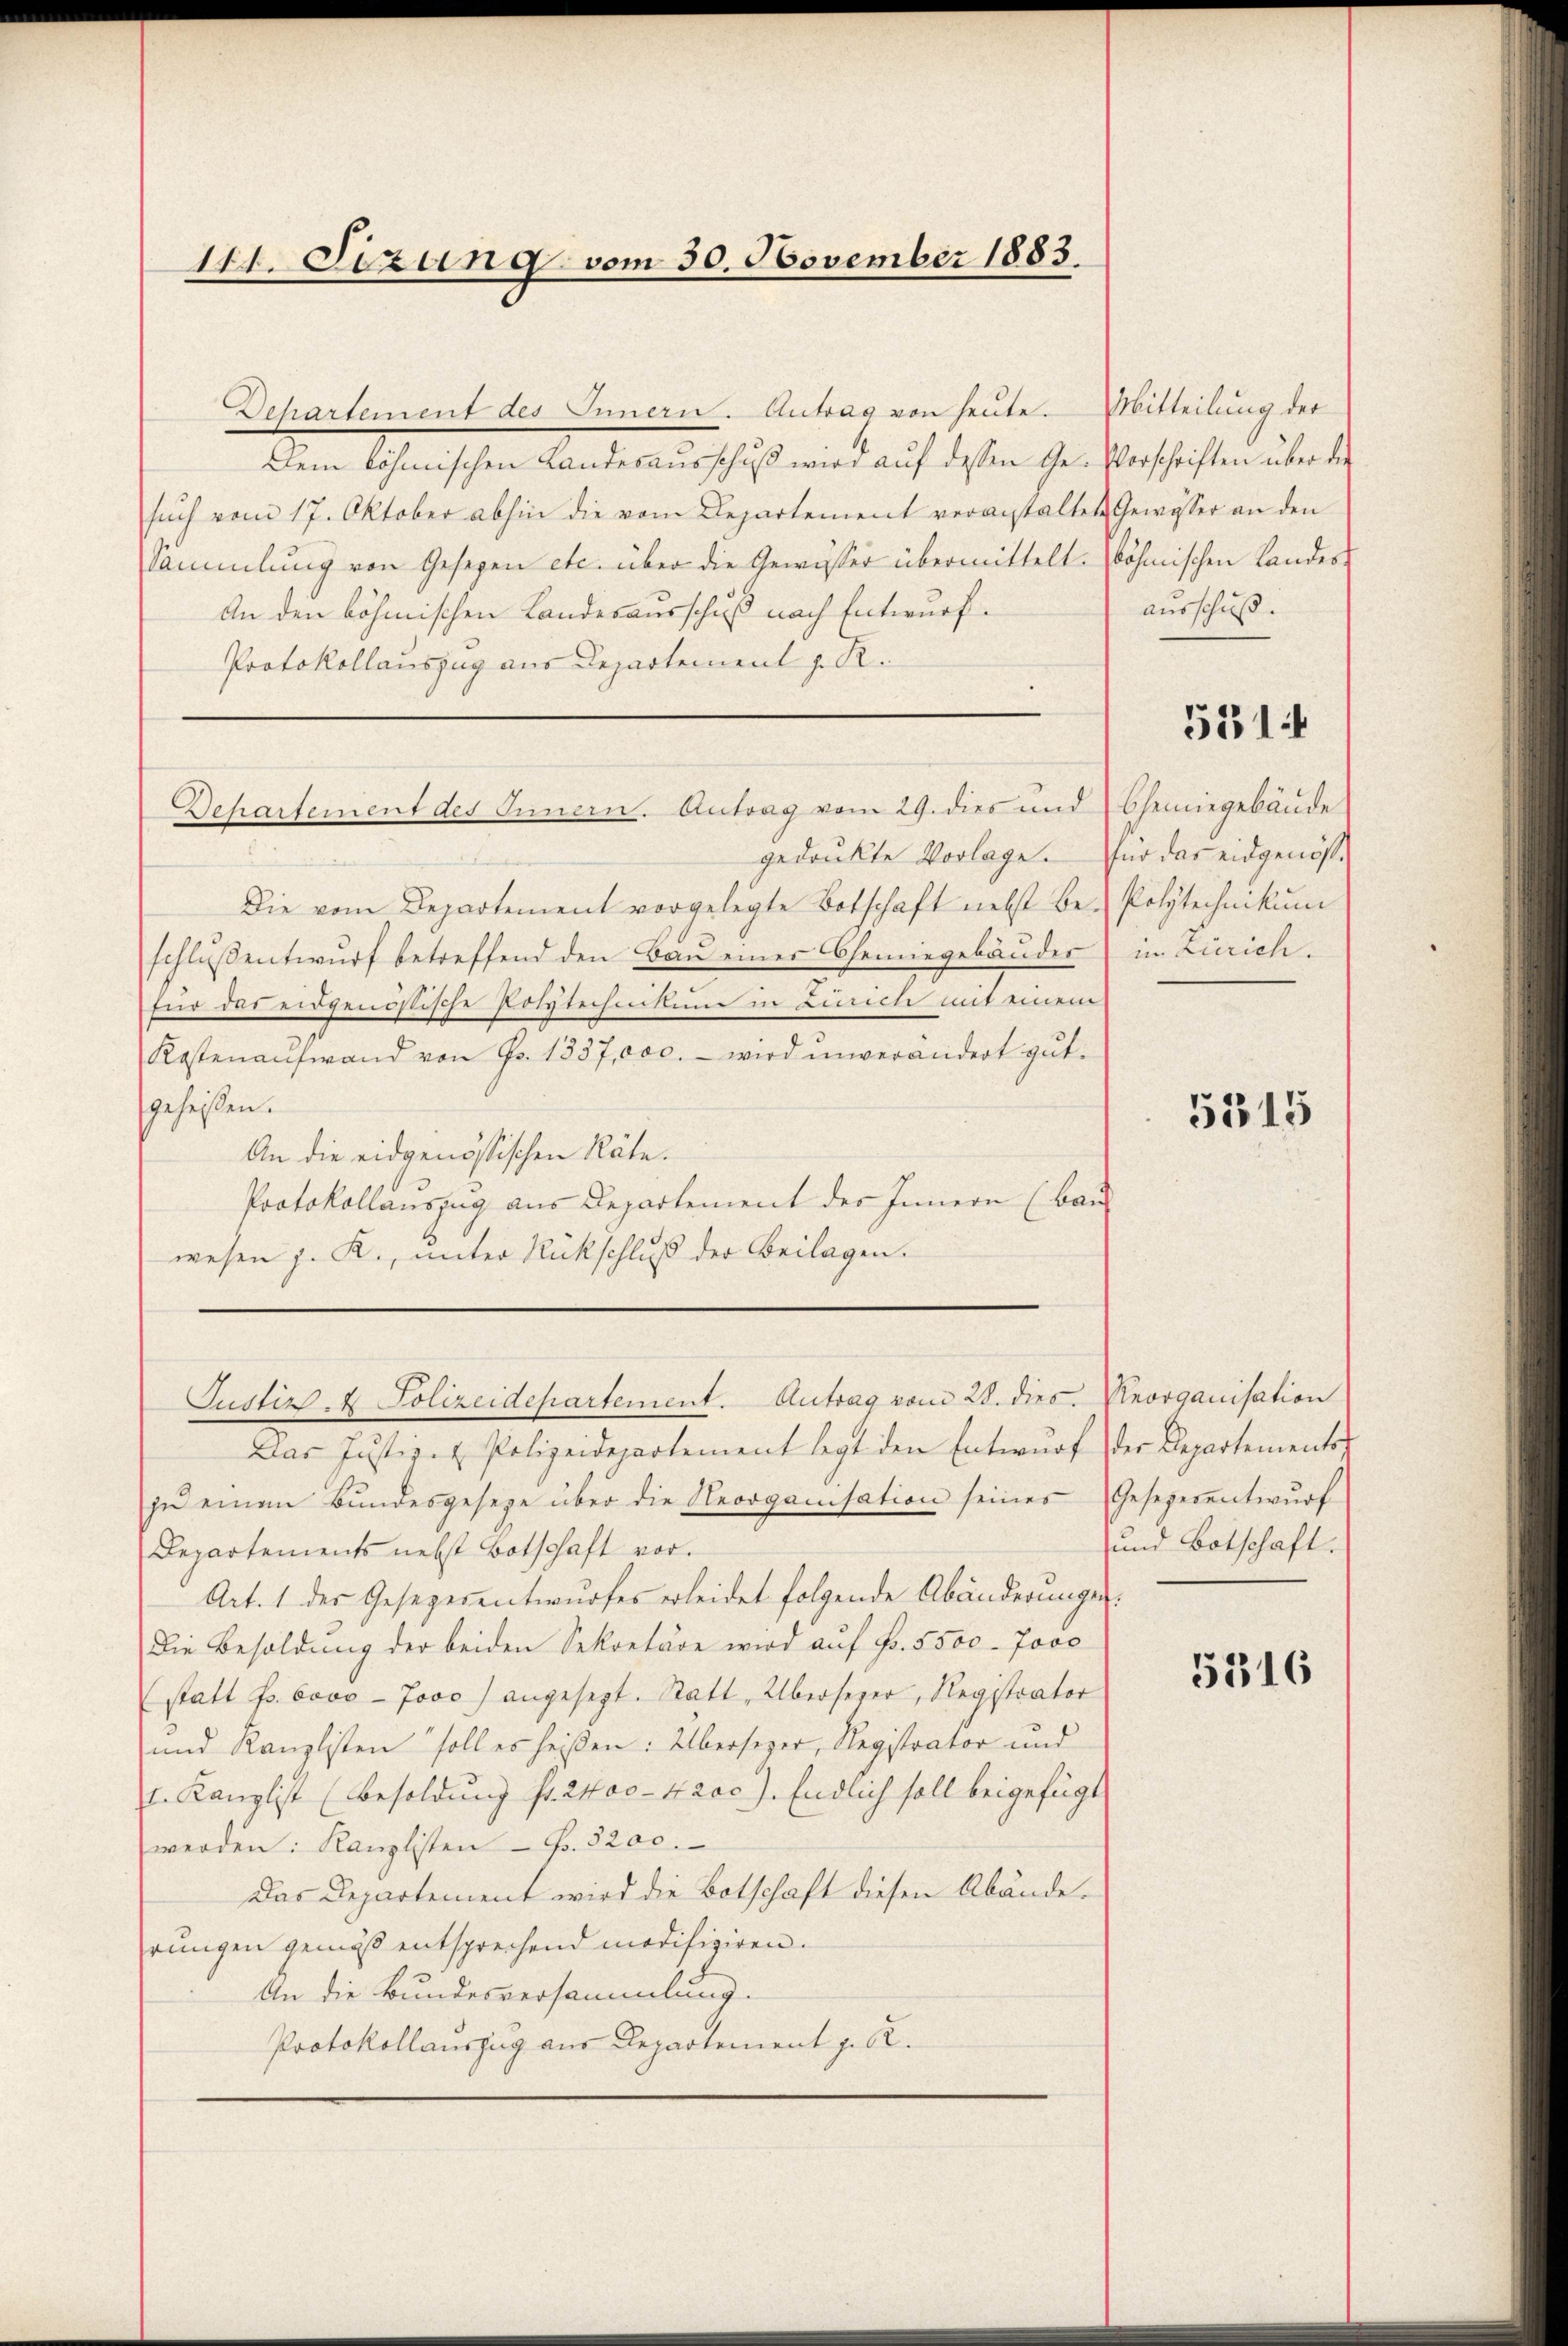
141. Sizung vom 30. November 1883.

Departement des Innern. Antrag von heute.
Dem böhmischen Landesausschuß wird auf dessen Ge-Vorschriften über die
sŭch vom 17. Oktober abhin die vom Departement veranstaltet Gewässer an den
Sammlung von Gesezen etc. über die Gewässer übermittelt. Böhmischen Landes¬
An den böhmischen Landesausschuß nach Entwurf.
Protokollauszug aus Departement z. R.
gedrukte Vorlage.
Die vom Departement vorgelegte Botschaft nebst be-
schluß entwurf betreffend den Bau einer Chemiegebäudes
für das eidgenössische Polytechnikum in Zürich mit einem
Kostenaufwand von Fr. 1337,000.- wird unverändert gut.
sgeheisen.
An die eidgenössischen Räte.
Protokollauszug aus Departement des Innern (Bau
wesen z. K., unter Rückschluß der Beilagen.

Departement des Innern. Antrag vom 29. dies und Chemiegebäŭde

Justiz- & Polizeidepartement. Antrag vom 28. dies. Reorganisation

Das Justiz- & Polizeidepartement legt den Entwŭrf der Repartements
zŭ einen Bŭndesgesetze über die Reorganisation seines Gesezerentwŭrf
Departements nebst Botschaft vor.
Art. 1 des Gesezesentwurfes erleidet folgende Abänderungen.
Die Besoldung der beiden Sekretäre wird auf Fr. 5500. Jovo
(statt f. 6000-Jovo) angesezt. Statt, Übersezer, Registrator
und Kanzlisten soll es heißen: Übersezer, Registrator und
l. Kanzlist (Besoldung fr. 2400 - 4200). Endlich soll beigefügt
werden: Kanzlisten - Fr. 3200.
Das Departement wird die Botschaft diesen Abände.
rungen gemäß entsprechend modifiziren.
An die Bundesversammlung.
Protokollauszug aus Departement p. 62.

Mitteilung der
ausschuß.

5514

für das eidgenöß¬
Polytechnikum
in Zürich.

5315

und Botschaft.

5316